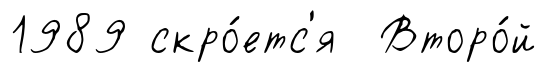
1989 скро́етс'я Второ́й